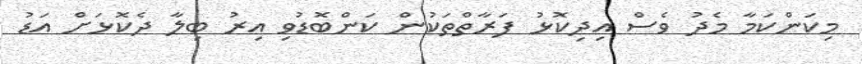
މިކަންކަމާ މެދު ވެސް އިދިކޮޅު ފަރާތްތަކުން ކަންބޮޑުވި އިރު ބިލާ ދެކޮޅަށް އަޑު